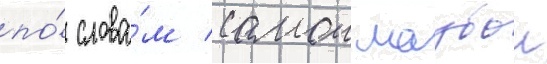
по́ слова́м самои маубои